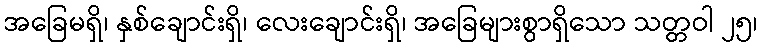
အခြေမရှိ၊ နှစ်ချောင်းရှိ၊ လေးချောင်းရှိ၊ အခြေများစွာရှိသော သတ္တဝါ ၂၅၊